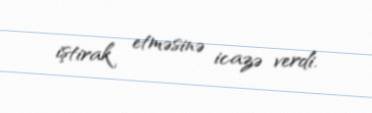
iştirak etməsinə icazə verdi.